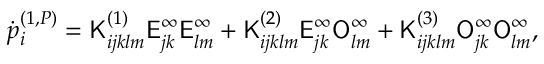
\dot { p } _ { i } ^ { ( 1 , P ) } = \mathsf { K } _ { i j k l m } ^ { ( 1 ) } \mathsf { E } _ { j k } ^ { \infty } \mathsf { E } _ { l m } ^ { \infty } + \mathsf { K } _ { i j k l m } ^ { ( 2 ) } \mathsf { E } _ { j k } ^ { \infty } \mathsf { O } _ { l m } ^ { \infty } + \mathsf { K } _ { i j k l m } ^ { ( 3 ) } \mathsf { O } _ { j k } ^ { \infty } \mathsf { O } _ { l m } ^ { \infty } ,